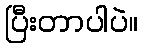
ပြီးတာပါပဲ။